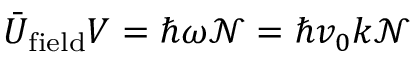
\bar { U } _ { \mathrm { f i e l d } } V = \hbar \omega { \mathcal N } = \hbar v _ { 0 } k { \mathcal N }